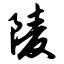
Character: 陵